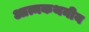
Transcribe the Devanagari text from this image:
आत्मकथनीय